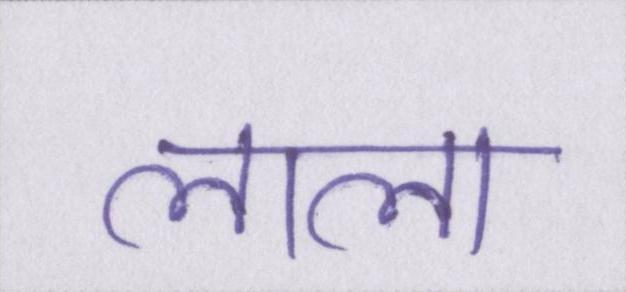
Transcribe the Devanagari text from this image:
लाला